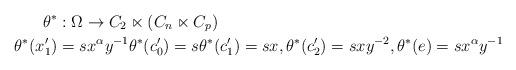
LaTeX: \begin{align*}\theta^{\ast} & :\Omega\rightarrow C_{2}\ltimes(C_{n}\ltimes C_{p})\\\theta^{\ast}(x_{1}^{\prime}) & =sx^{\alpha}y^{-1}\theta^{\ast}(c_{0}^{\prime})=s\theta^{\ast}(c_{1}^{\prime})=sx,\theta^{\ast}(c_{2}^{\prime})=sxy^{-2},\theta^{\ast}(e)=sx^{\alpha}y^{-1}\end{align*}